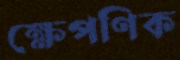
ক্ষেপণিক